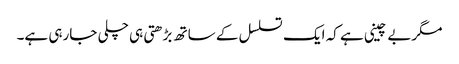
مگربے چینی ہے کہ ایک تسلسل کے ساتھ بڑھتی ہی چلی جارہی ہے۔